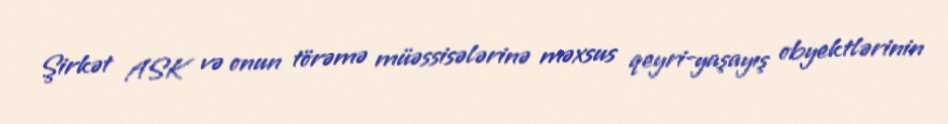
Şirkət ASK və onun törəmə müəssisələrinə məxsus qeyri-yaşayış obyektlərinin